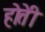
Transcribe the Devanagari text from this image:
होतेी